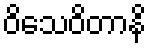
ဝိသေဝိတာနိ